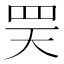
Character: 𦊊